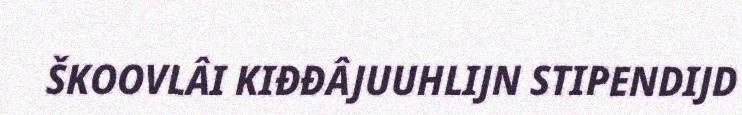
ŠKOOVLÂI KIĐĐÂJUUHLIJN STIPENDIJD